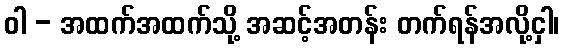
ဝါ - အထက်အထက်သို့ အဆင့်အတန်း တက်ရန်အလို့ငှါ၊